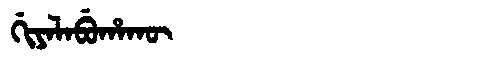
Manchu: ᡤᡳᠶᠠᠯᠠᠪᡠᡥᠠᡴᡡ
Romanization: GIYALABUHAKŪ